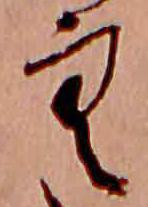
空